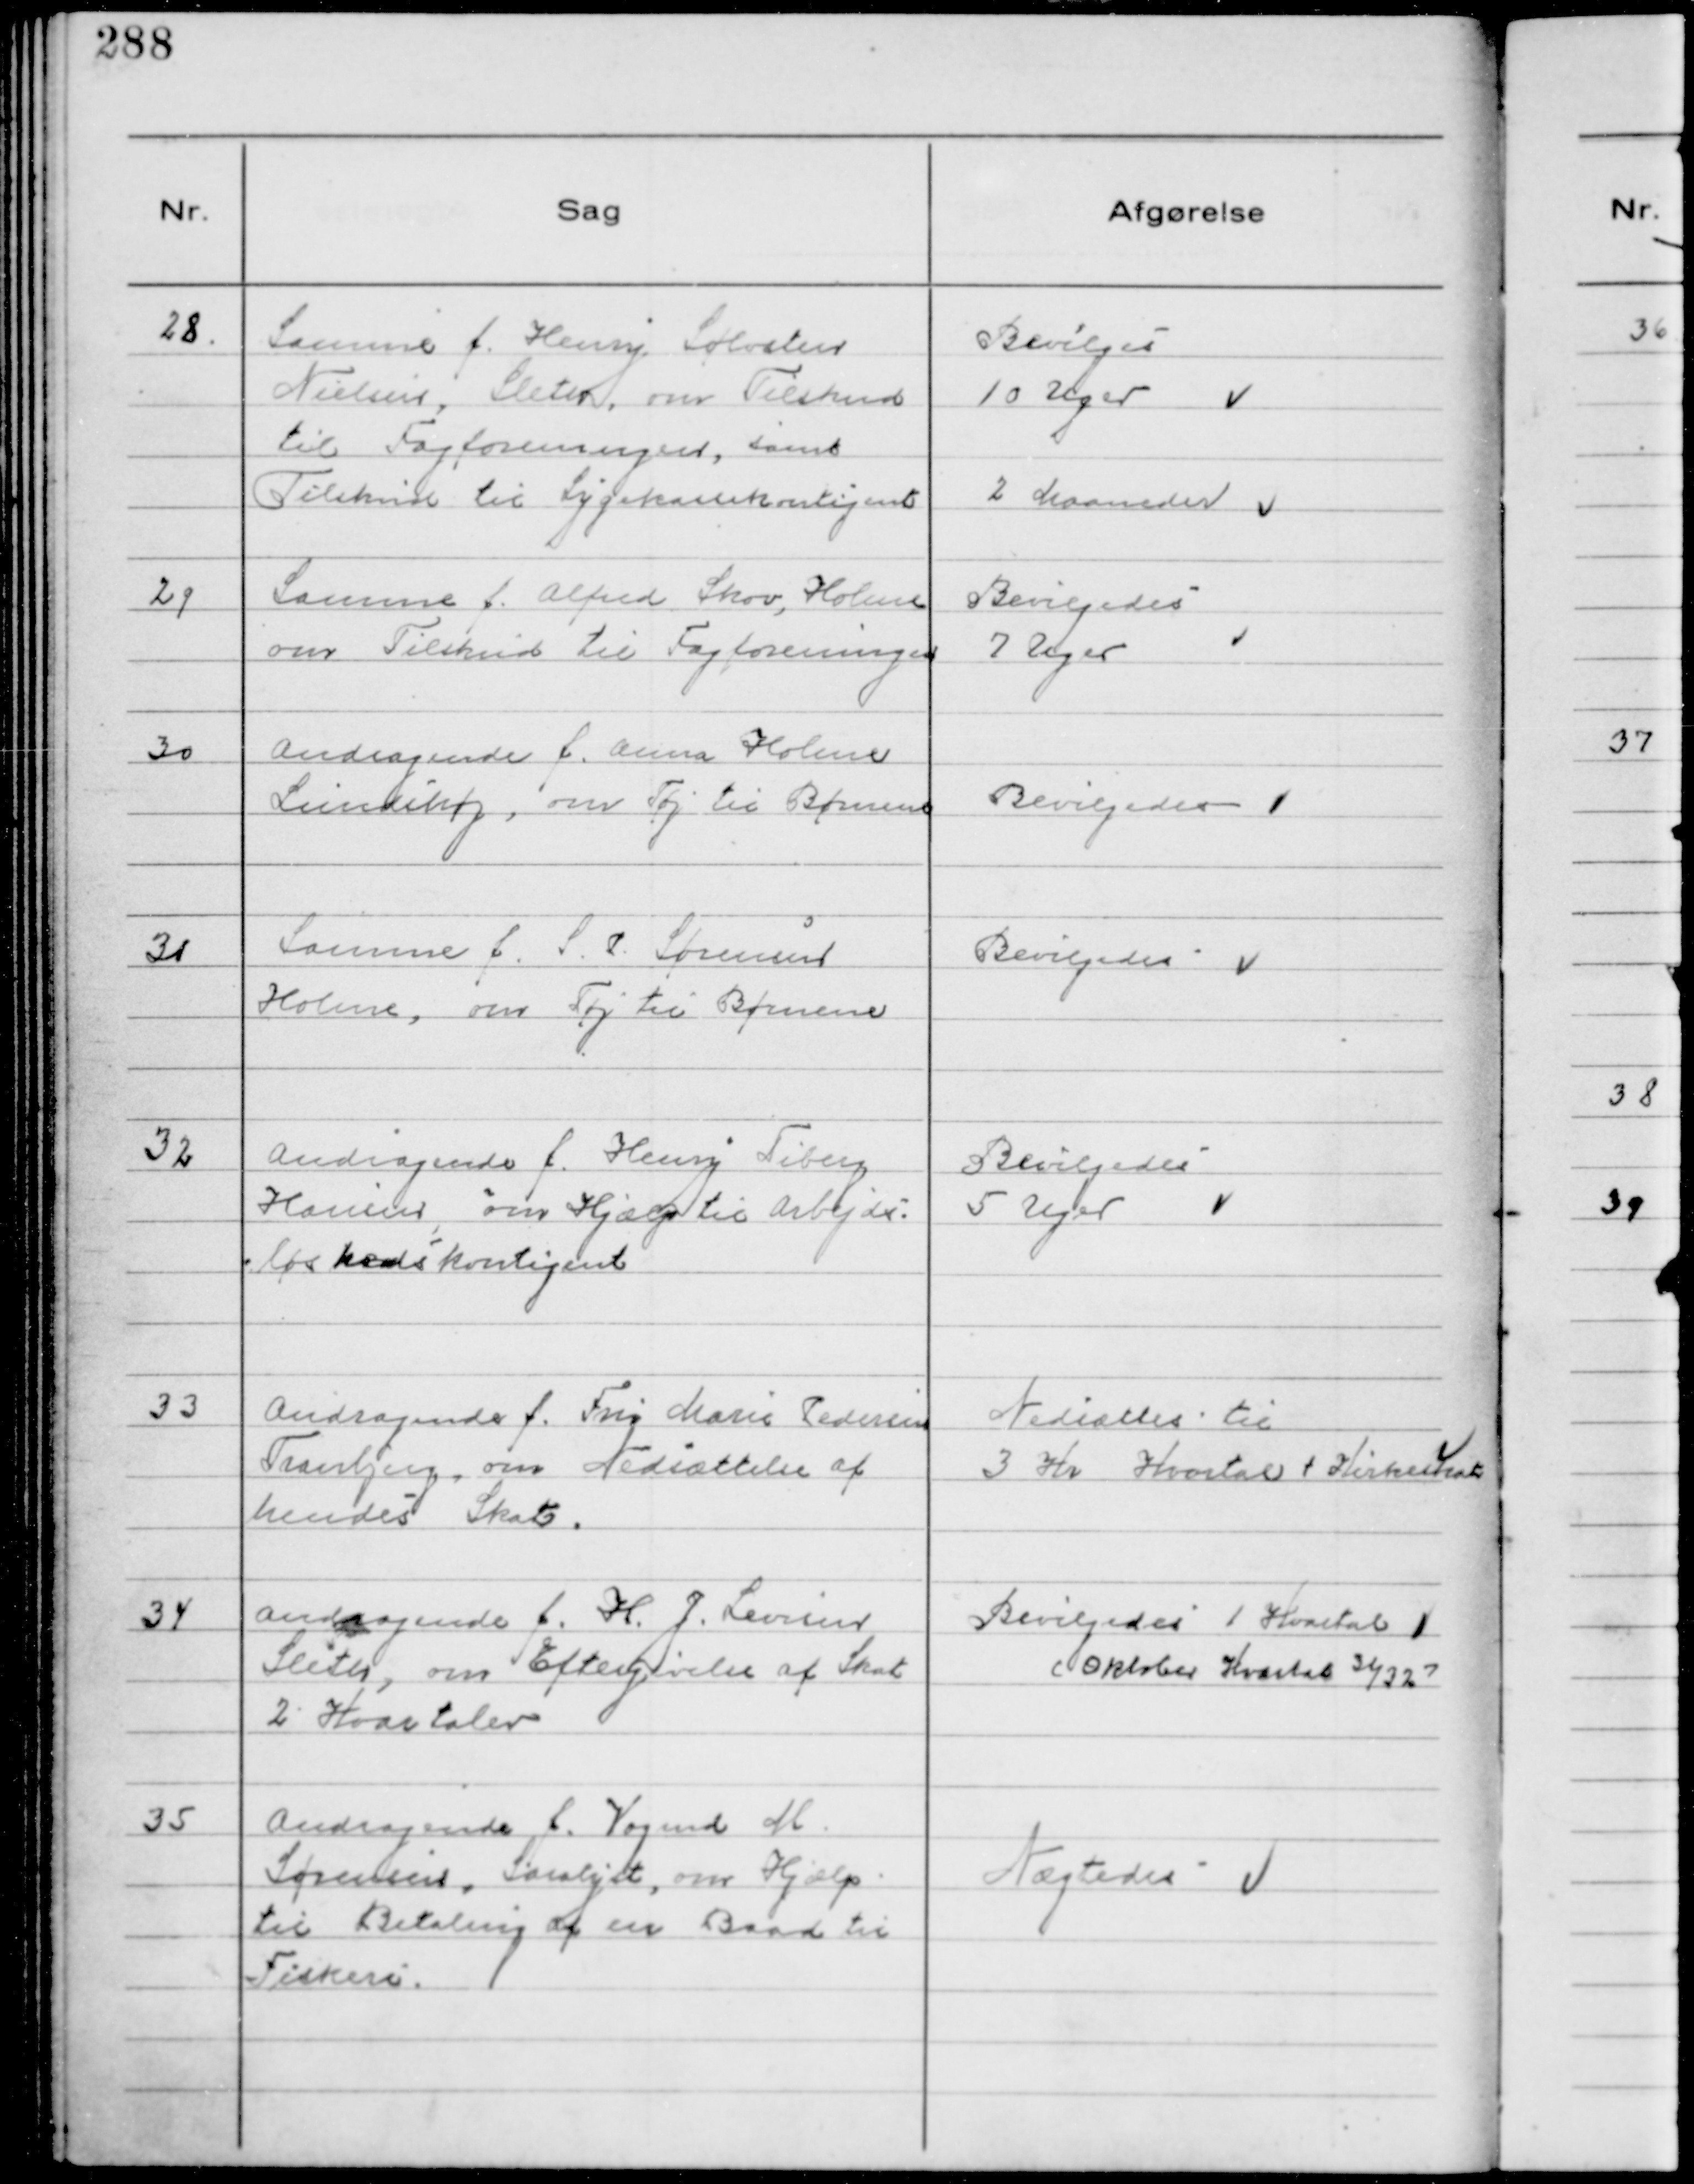
Transskription:
28.
Samme f. Henry Sølvsten
Nielsen, Sleth, om Tilskud
til Fagforeningen, samt
Tilskud til Sygekassekontigent

Bevilges
10 Uger
2 Maaneder

29
Samme f. Alfred Skov, Holme
om Tilskud til Fagforeningen

Bevilgedes
7 Uger

30
Andragende f. Anna Holme
Lundshøj, om Tøj til Børnene

Bevilgedes

31
Samme f. S. P. Sørensen
Holme, om Tøj til Børnene

Bevilgedes

32
Andragende f. Henry Tiberg
Hansen, om Hjælp til Arbejds-
løshedskontigent

Bevilgedes
5 Uger

33
Andragende f. Fru Marie Pedersen
Tranbjerg, om Nedsættelse af
hendes Skat.

Nedsættes til
3 Kr Kvartal + Kirkeskat

34
Andragende f. H. J. Levisen
Sleth, om Eftergivelse af Skat
2 Kvartaler

Bevilgedes 1 Kvartal
(Oktober Kvartal 31/32)

35
Andragende f. Vogmd M.
Sørensen, Saralyst, om Hjælp
til Betaling af en Baad til
Fiskeri.

Nægtedes